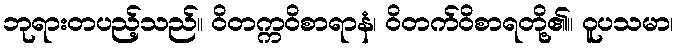
ဘုရားတပည့်သည်။ ဝိတက္ကဝိစာရာနံ၊ ဝိတက်ဝိစာရတို့၏။ ဝူပသမာ၊